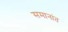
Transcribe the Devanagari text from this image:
समानांत